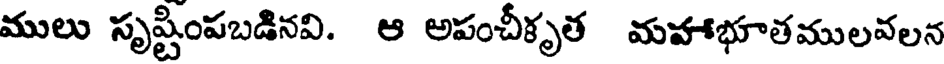
ములు సృష్టింపబడినవి. ఆ అపంచీకృత మహాభూతములవలన